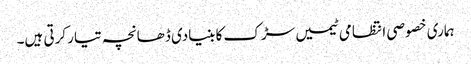
ہماری خصوصی انتظامی ٹیمیں سڑک کا بنیادی ڈھانچہ تیار کرتی ہیں۔